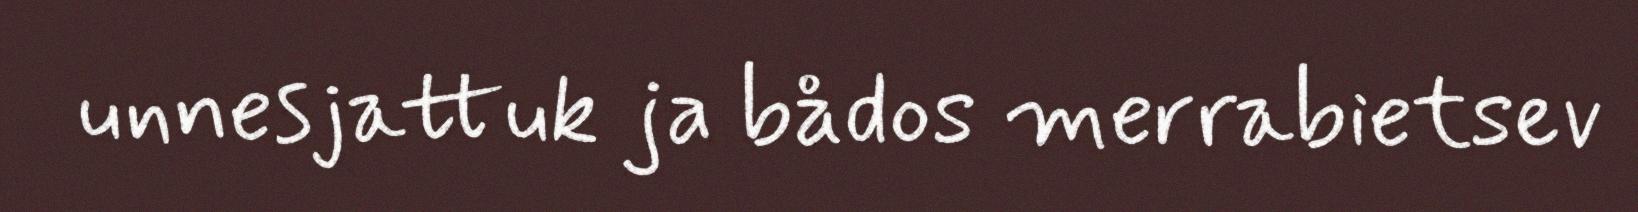
unnesjattuk ja bådos merrabietsev